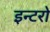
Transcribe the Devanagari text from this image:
इन्टरो